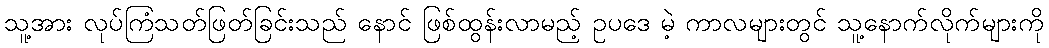
သူ့အား လုပ်ကြံသတ်ဖြတ်ခြင်းသည် နောင် ဖြစ်ထွန်းလာမည့် ဥပဒေ မဲ့ ကာလများတွင် သူ့နောက်လိုက်များကို